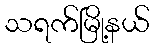
သရက်မြို့နယ်